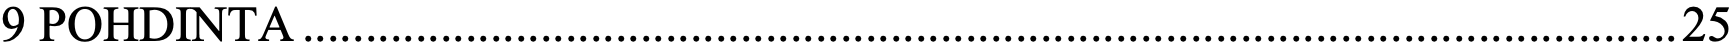
9 POHDINTA .............................................................................................................. 25